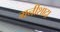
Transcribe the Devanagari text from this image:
मनीशादा